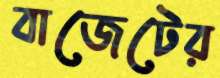
বাজেটের